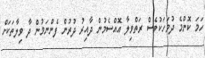
ހަމަ ކޮންމެ ދުވަހަކުވެސް ރަތްވިލާ އޮއްސެމުން ދާއިރު ދުރުން ފެންނަމުން ދާ ވިލާތަކަށް